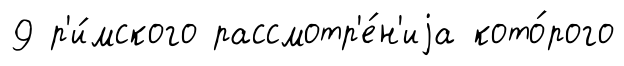
9 р'и́мского рассмотр'е́н'иjа кото́рого